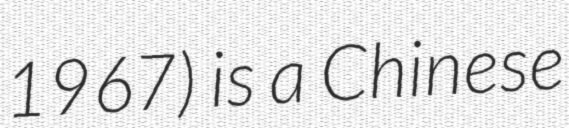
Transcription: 1967) is a Chinese